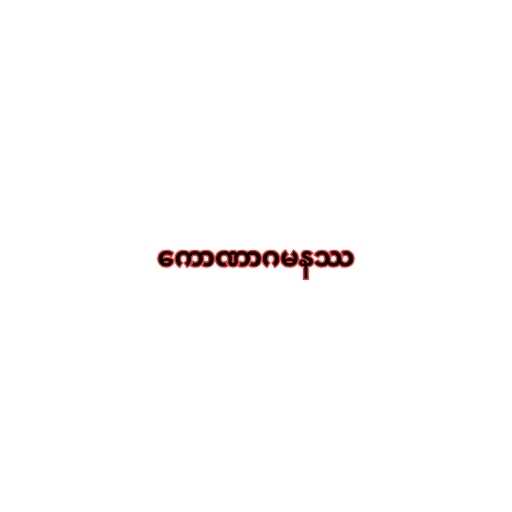
ကောဏာဂမနဿ